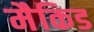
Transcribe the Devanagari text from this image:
मैकिड